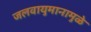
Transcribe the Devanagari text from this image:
जलवायुमानामुळे